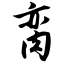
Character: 脔